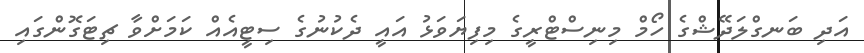
އަދި ބަނގްލަދޭޝްގެ ހޯމް މިނިސްޓްރީގެ މިފިޔަވަޅު އައީ ދެކުނުގެ ސިޓީއެއް ކަމަށްވާ ޗިޓަގޮންގައި